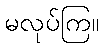
မလုပ်ကြ။